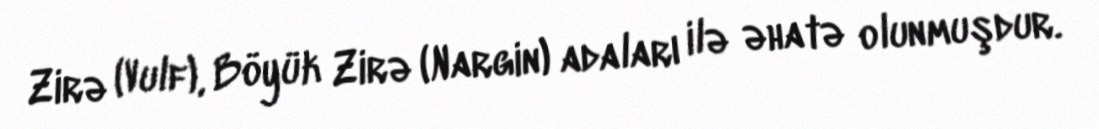
Zirə (Vulf), Böyük Zirə (Nargin) adaları ilə əhatə olunmuşdur.